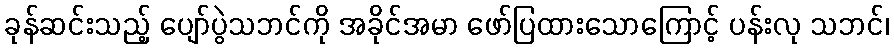
ခုန်ဆင်းသည့် ပျော်ပွဲသဘင်ကို အခိုင်အမာ ဖော်ပြထားသောကြောင့် ပန်းလု သဘင်၊